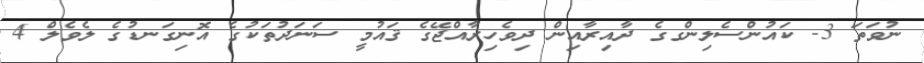
ނުވަތަ 3- ކައުންސެލިންގގެ ދާއިރާއިން ދިވެހިރާއްޖޭގެ ޤައުމީ ސަނަދުތަކުގެ އޮނިގަނޑުގެ ލެވެލް 4